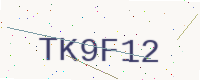
Text: TK9F12